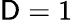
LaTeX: \mathsf{D}=1